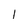
Character: 1